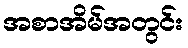
အစာအိမ်အတွင်း